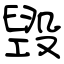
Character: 毁